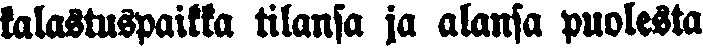
kalastuspaikka tilansa ja alansa puolesta